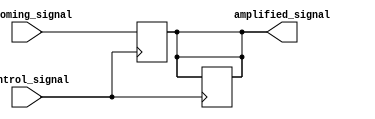
module io_block_ttl_buffer (
    input wire incoming_signal,
    output reg amplified_signal,
    input wire control_signal
);

// Input buffer to amplify incoming signals
always @(posedge control_signal) begin
    if (control_signal)
        amplified_signal <= incoming_signal;
end

// Output buffer to drive signals to external devices
assign outgoing_signal = amplified_signal;

// Control logic to manage data flow direction
always @(posedge control_signal) begin
    if (~control_signal)
        amplified_signal <= 1'b0;
end

endmodule